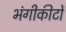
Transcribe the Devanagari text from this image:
भंगीकीटों